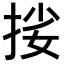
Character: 𢬰